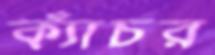
ক্যাঁচর